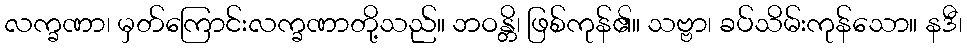
လက္ခဏာ၊ မှတ်ကြောင်းလက္ခဏာတို့သည်။ ဘဝန္တိ၊ ဖြစ်ကုန်၏။ သဗ္ဗာ၊ ခပ်သိမ်းကုန်သော။ နဒီ၊